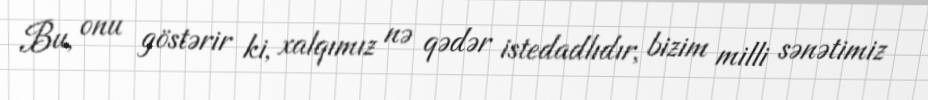
Bu, onu göstərir ki, xalqımız nə qədər istedadlıdır, bizim milli sənətimiz